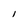
Character: I